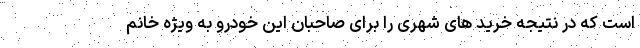
است که در نتیجه خرید های شهری را برای صاحبان این خودرو به ویژه خانم